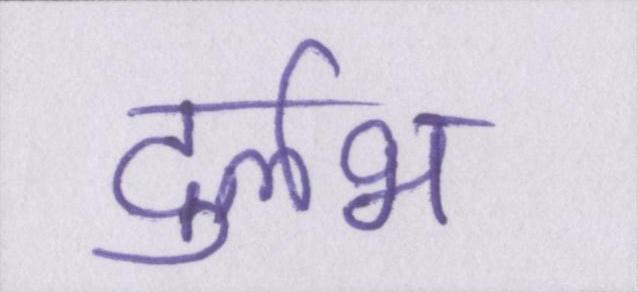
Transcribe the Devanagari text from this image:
दुर्लभ